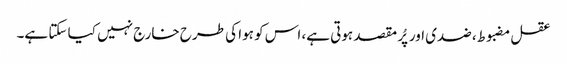
عقل مضبوط، ضدی اور پُر مقصد ہوتی ہے، اس کو ہوا کی طرح خارج نہیں کیا سکتا ہے۔